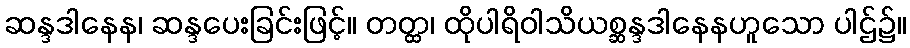
ဆန္ဒဒါနေန၊ ဆန္ဒပေးခြင်းဖြင့်။ တတ္ထ၊ ထိုပါရိဝါသိယစ္ဆန္ဒဒါနေနဟူသော ပါဌ်၌။